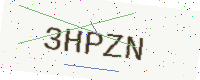
Text: 3HPZN